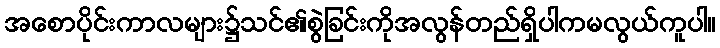
အစောပိုင်းကာလများ၌သင်၏စွဲခြင်းကိုအလွန်တည်ရှိပါကမလွယ်ကူပါ။